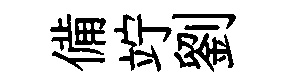
備竚劉